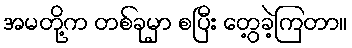
အမတို့က တစ်ခုမှာ စပြီး တွေ့ခဲ့ကြတာ။